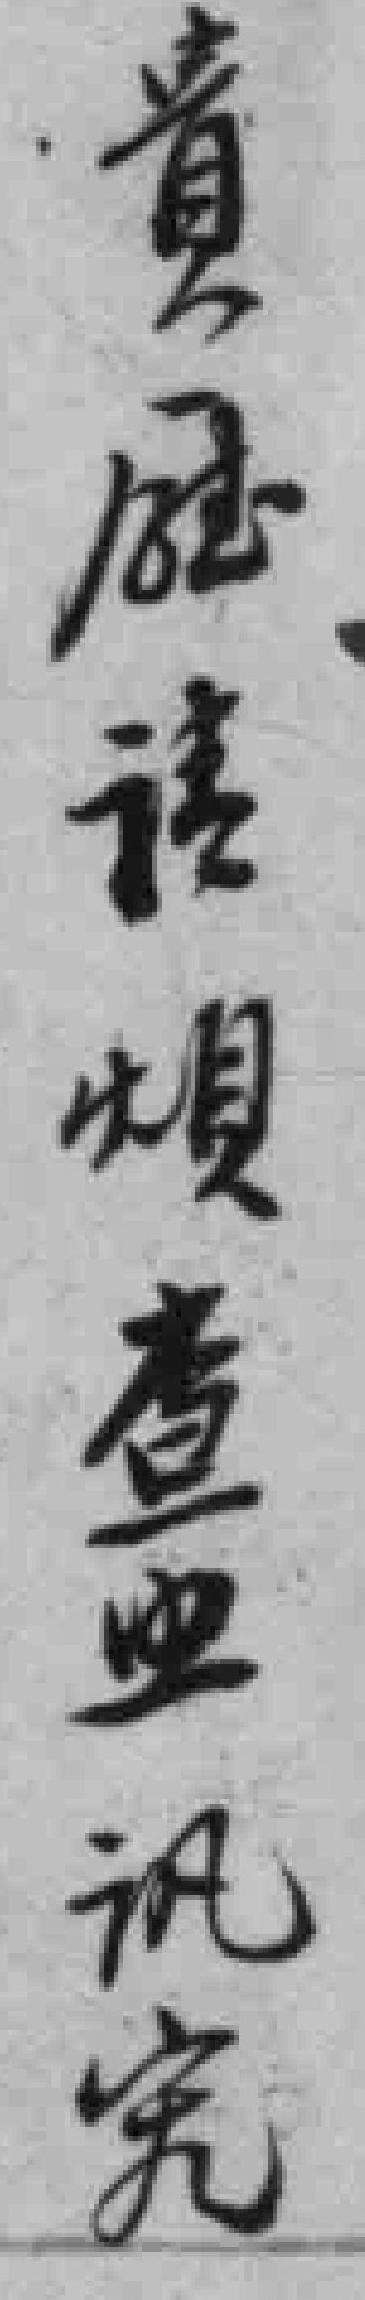
貴*请煩查並讯究